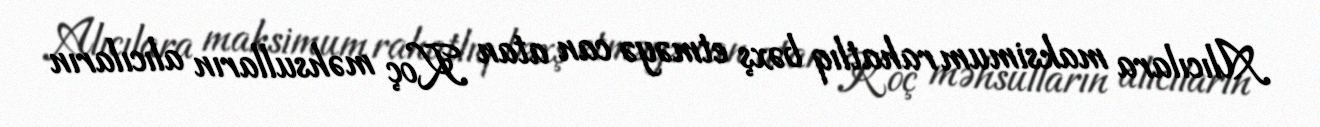
Alıcılara maksimum rahatlıq bəxş etməyə can atan Koç məhsulların alıcıların